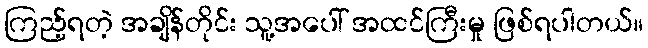
ကြည့်ရတဲ့ အချိန်တိုင်း သူ့အပေါ် အထင်ကြီးမှု ဖြစ်ရပါတယ်။